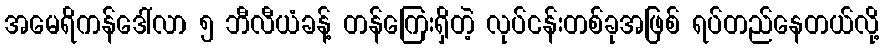
အမေရိကန်ဒေါ်လာ ၅ ဘီလီယံခန့် တန်ကြေးရှိတဲ့ လုပ်ငန်းတစ်ခုအဖြစ် ရပ်တည်နေတယ်လို့